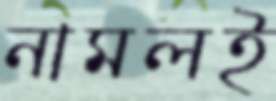
নামলই